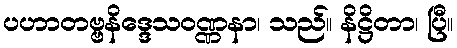
ပဟာတဗ္ဗနိဒ္ဒေသဝဏ္ဏနာ၊ သည်။ နိဋ္ဌိတာ၊ ပြီ။